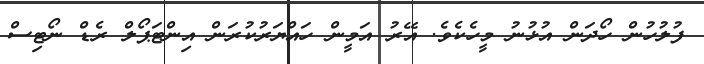
ފުލުހުން ހޯދަން އުޅުނު މީހެކެވެ. އޭރު އަމީން ހައްޔަރުކުރަން އިންޓަޕޯލް ރެޑް ނޯޓިސް